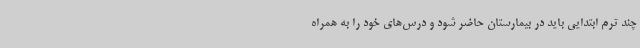
چند ترم ابتدایی باید در بیمارستان حاضر شود و درس‌های خود را به همراه